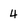
Character: 4